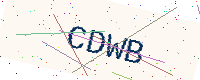
Text: CDWB